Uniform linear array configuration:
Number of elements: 32
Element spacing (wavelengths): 0.75
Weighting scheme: hann
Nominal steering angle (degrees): -60
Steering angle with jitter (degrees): -59.174
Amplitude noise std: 0.05
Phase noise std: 0.05

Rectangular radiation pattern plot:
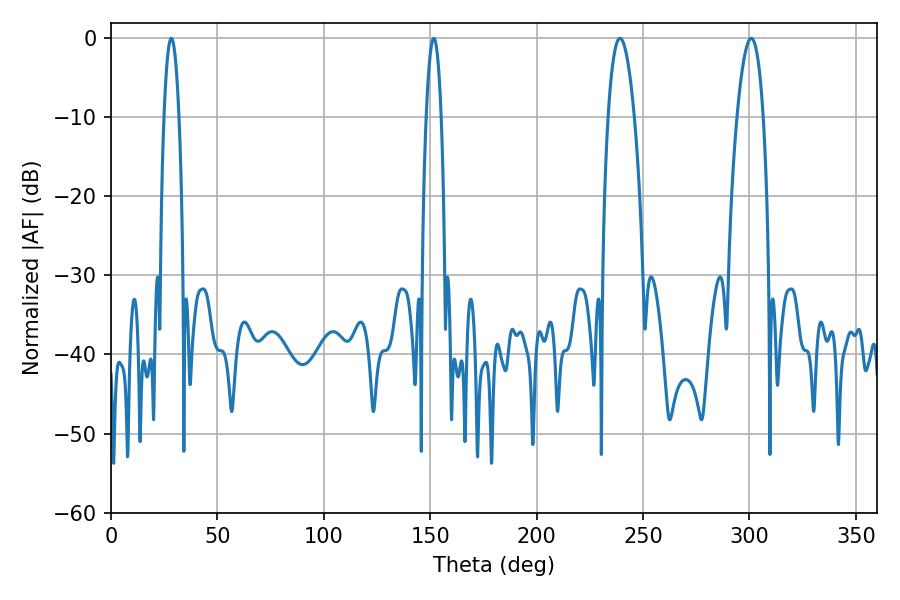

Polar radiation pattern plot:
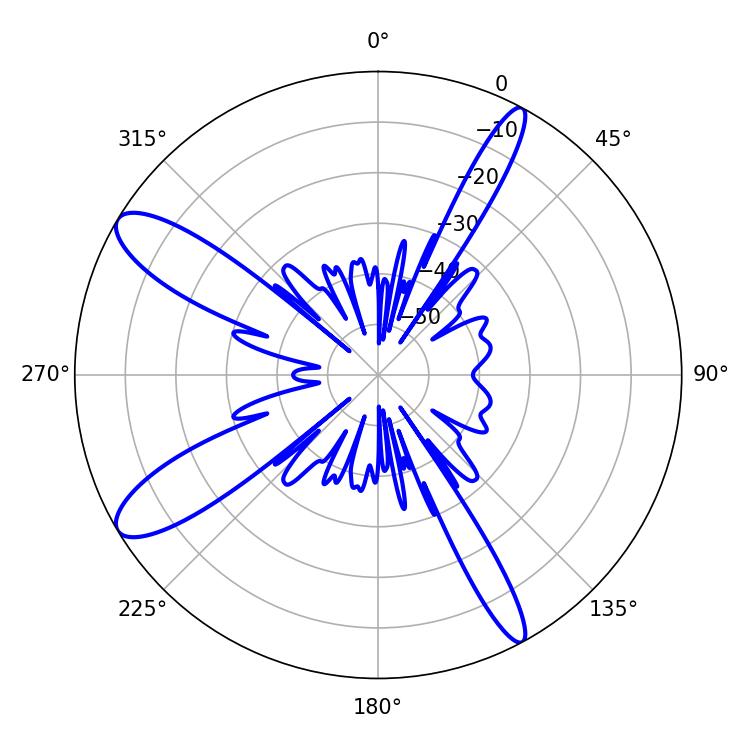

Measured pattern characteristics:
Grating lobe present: TRUE
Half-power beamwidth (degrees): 6.84
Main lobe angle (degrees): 239.22